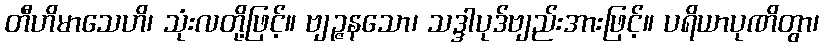
တီဟိမာသေဟိ၊ သုံးလတို့ဖြင့်။ ဗျဉ္ဇနသော၊ သဒ္ဒါပုဒ်ဗျည်းအားဖြင့်။ ပရိယာပုဏိတွာ၊